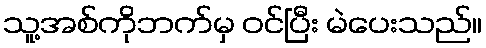
သူ့အစ်ကိုဘက်မှ ဝင်ပြီး မဲပေးသည်။